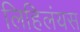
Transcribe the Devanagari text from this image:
लिहिलंयस